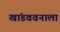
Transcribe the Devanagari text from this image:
खांडववनाला